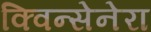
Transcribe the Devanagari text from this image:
क्विन्सेनेरा